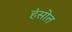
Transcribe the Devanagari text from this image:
हंसोत